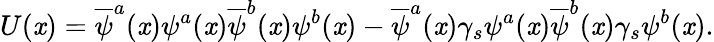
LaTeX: U(\mathit{x})=\overline{{{\psi}}}^{a}(\mathit{x})\psi^{a}(\mathit{x})\overline{{{\psi}}}^{b}(\mathit{x})\psi^{b}(\mathit{x})-\overline{{{\psi}}}^{a}(\mathit{x})\gamma_{s}\psi^{a}(\mathit{x})\overline{{{\psi}}}^{b}(\mathit{x})\gamma_{s}\psi^{b}(\mathit{x}).